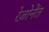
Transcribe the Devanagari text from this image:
रेज़ोनेंत